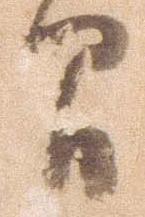
間